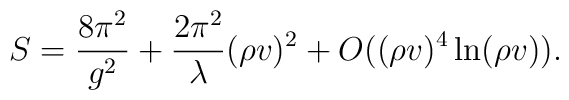
S=\frac{8\pi^{2}}{g^{2}}    +\frac{2\pi^{2}}{\lambda}(\rho v)^{2}+O((\rho v)^4 \ln(\rho v)).